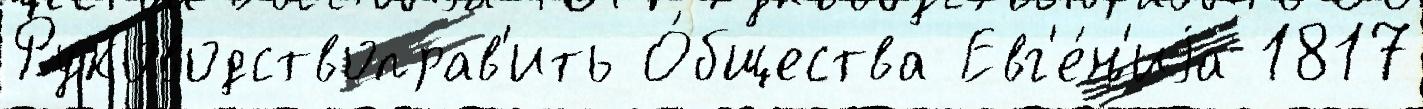
Руководствоправ'ить О́бщества Евг'е́н'иjа 1817